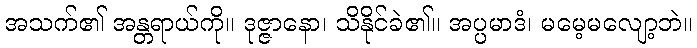
အသက်၏ အန္တရာယ်ကို။ ဒုဇ္ဇာနော၊ သိနိုင်ခဲ၏။ အပ္ပမာဒံ၊ မမေ့မလျော့ဘဲ။